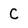
Character: C